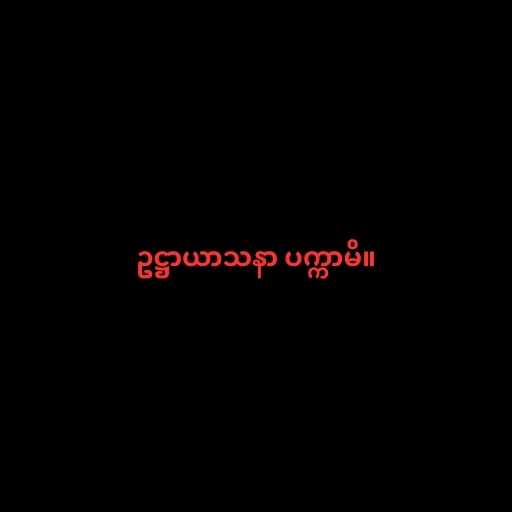
ဥဋ္ဌာယာသနာ ပက္ကာမိ။